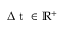
\ensuremath { \Delta \mathrm { ~ t ~ } } \in \mathbb { R } ^ { + }